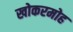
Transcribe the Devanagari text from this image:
खोकरमोह